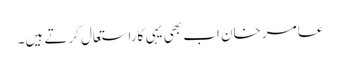
عامر خان اب بھی یہی کاراستعال کرتے ہیں۔